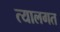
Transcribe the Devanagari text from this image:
त्यालगत